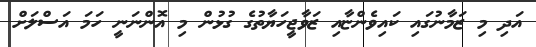
އަދި މި ޒަމާނުގައި ކައިވެންޏާއި ޒަވާޖީހަޔާތުގެ ގުޅުން މި އޮންނަނީ ހަމަ އަސްލަށް